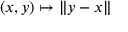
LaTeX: ( x , y ) \mapsto \| y - x \|